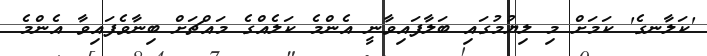
'ކަލާނގެ' ކަމަށް މި ލިޔުމުގައި ބަލާފައިވާނީ އެންމެ ކަލެއްގެ މައްޗަށް ބިނާވެފައިވާ އެންމެ